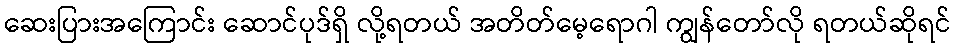
ဆေးပြားအကြောင်း ဆောင်ပုဒ်ရှိ လို့ရတယ် အတိတ်မေ့ရောဂါ ကျွန်တော်လို ရတယ်ဆိုရင်